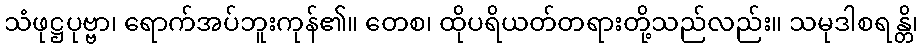
သံဖုဋ္ဌပုဗ္ဗာ၊ ရောက်အပ်ဘူးကုန်၏။ တေစ၊ ထိုပရိယတ်တရားတို့သည်လည်း။ သမုဒါစရန္တိ၊